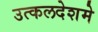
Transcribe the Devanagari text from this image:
उत्कलदेशमे